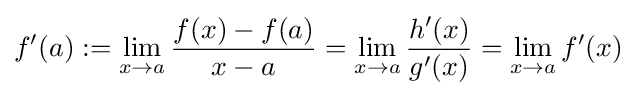
f'(a):=\lim _{x\to a}{\frac {f(x)-f(a)}{x-a}}=\lim _{x\to a}{\frac {h'(x)}{g'(x)}}=\lim _{x\to a}f'(x)